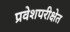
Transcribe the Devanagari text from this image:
प्रवेशपरीक्षेत